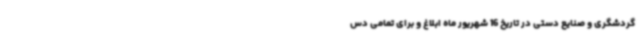
گردشگری و صنایع دستی در تاریخ 16 شهریور ماه ابلاغ و برای تمامی دس